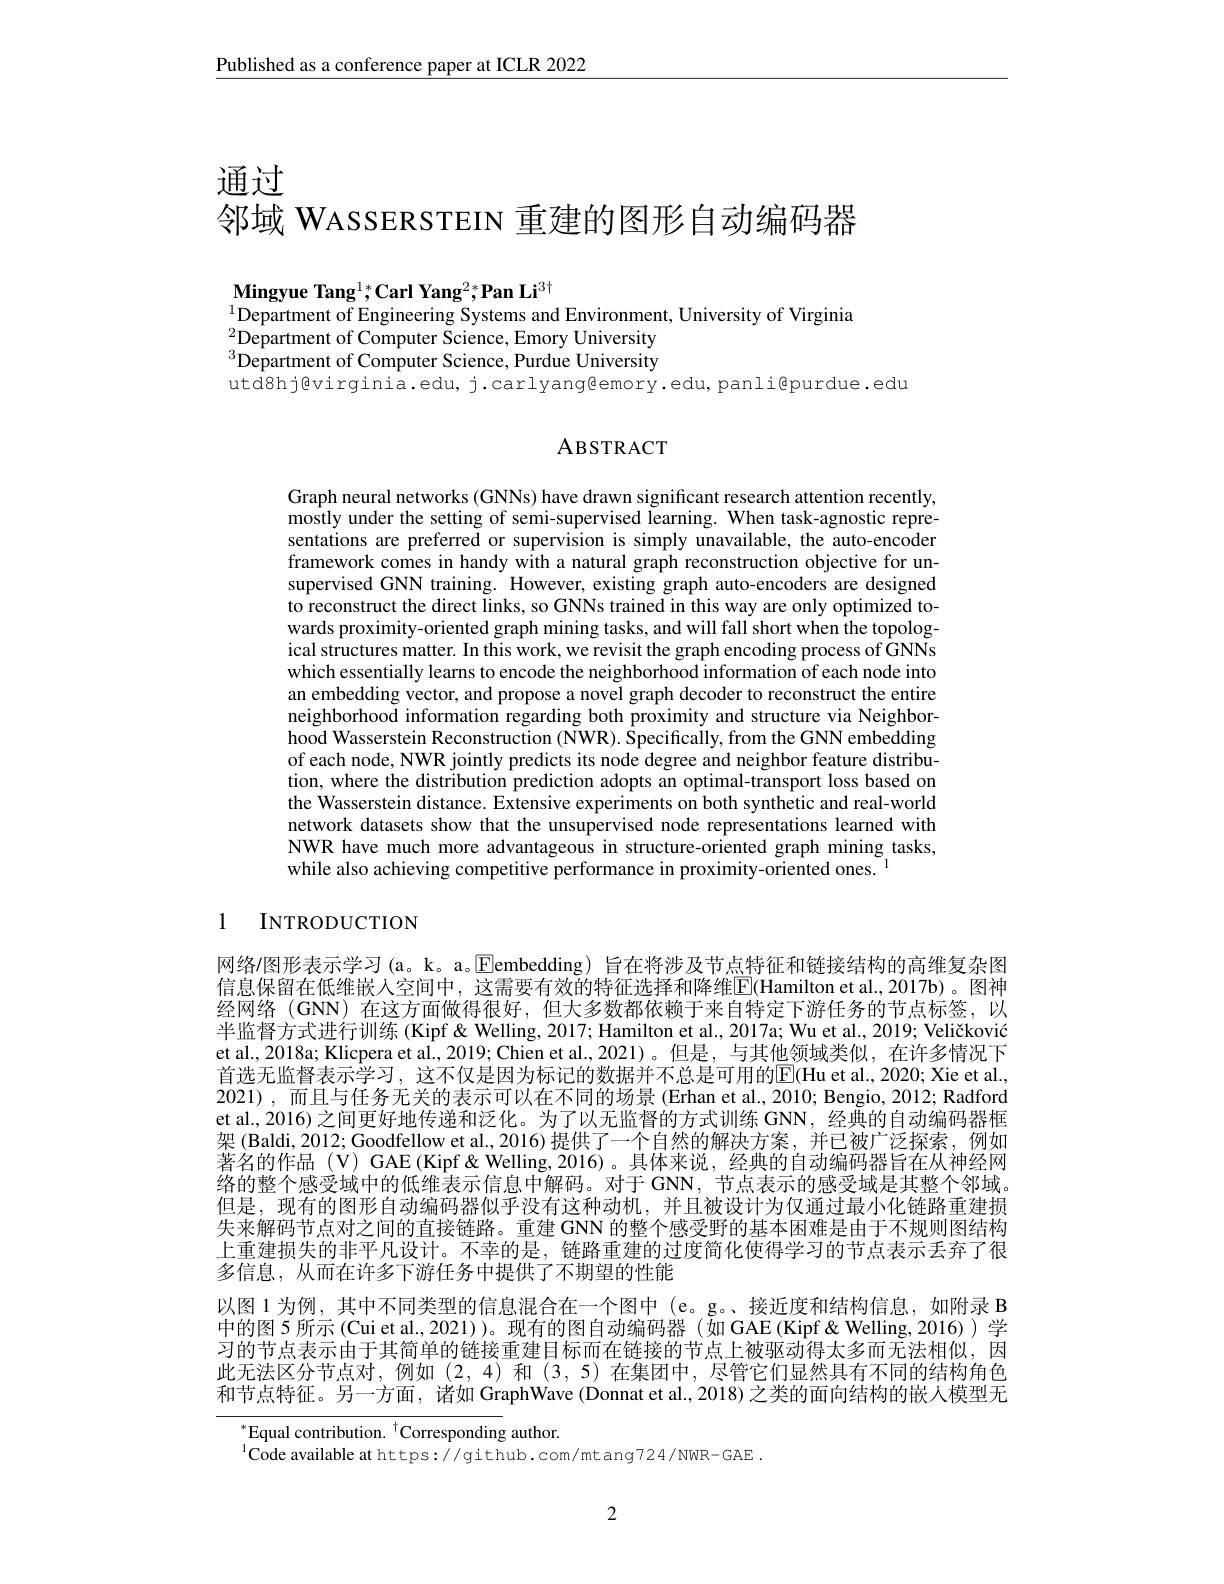
Published as a conference paper at ICLR 2022

通过
邻域 WASSERSTEIN 重建的图形自动编码器

Mingyue Tang$^1;^*$Carl Yang$^2;\textbf{Pan Li}^{3\dagger}$
$^{1}$Department of Engineering Systems and Environment, University of Virginia

$^{2}$Department of Computer Science, Emory University $^{3}$Department of Computer Science, Purdue University utd8hj@virginia.edu, j.carlyang@emory.edu, panli@purdue.edu

# ABSTRACT

Graph neural networks (GNNs) have drawn significant research attention recently, mostly under the setting of semi-supervised learning. When task-agnostic representations are preferred or supervision is simply unavailable, the auto-encoder framework comes in handy with a natural graph reconstruction objective for unsupervised GNN training. However, existing graph auto-encoders are designed to reconstruct the direct links, so GNNs trained in this way are only optimized towards proximity-oriented graph mining tasks, and will fall short when the topological structures matter. In this work, we revisit the graph encoding process of GNNs which essentially learns to encode the neighborhood information of each node into an embedding vector, and propose a novel graph decoder to reconstruct the entire neighborhood information regarding both proximity and structure via Neighborhood Wasserstein Reconstruction (NWR). $\hat{\text{Specifically,from the GNN embedding}}$ of each node, NWR jointly predicts its node degree and neighbor feature distribution, where the distribution prediction adopts an optimal-transport loss based on the Wasserstein distance. Extensive experiments on both synthetic and real-world network datasets show that the unsupervised node representations learned with NWR have much more advantageous in structure-oriented graph mining tasks, while also achieving competitive performance in proximity-oriented ones.

1 INTRODUCTION

网络/图形表示学习 (a。k。a。$\operatorname{Eembedding}$)旨在将涉及节点特征和链接结构的高维复杂图信息保留在低维嵌入空间中，这需要有效的特征选择和降维$\overline{\mathrm{E}}($Hamilton et al.,2017b)。图神经网络 (GNN) 在这方面做得很好，但大多数都依赖于来自特定下游任务的节点标签，以半监督方式进行训练 (Kipf & Welling, 2017; Hamilton et al., 2017a; Wu et al., 2019; Veličković et al., 2018a; Klicpera et al., 2019; Chien et al.,2021)。但是，与其他领域类似，在许多情况下首选无监督表示学习，这不仅是因为标记的数据并不总是可用的$\underline{\mathrm{E}}($Hu et al.,2020; Xie et al., 2021),而且与任务无关的表示可以在不同的场景(Erhan et al., 2010; Bengio, 2012; Radford et al., 2016) 之间更好地传递和泛化。为了以无监督的方式训练 GNN, 经典的自动编码器框架 (Baldi, 2012; Goodfellow et al.,2016)提供了一个自然的解决方案，并已被广泛探索，例如著名的作品(V) GAE(Kipf&Welling,2016)。具体来说，经典的自动编码器旨在从神经网络的整个感受域中的低维表示信息中解码。对于 GNN,节点表示的感受域是其整个邻域。但是，现有的图形自动编码器似乎没有这种动机，并且被设计为仅通过最小化链路重建损失来解码节点对之间的直接链路。重建 GNN 的整个感受野的基本困难是由于不规则图结构上重建损失的非平凡设计。不幸的是，链路重建的过度简化使得学习的节点表示丢弃了很多信息，从而在许多下游任务中提供了不期望的性能
以图 1 为例，其中不同类型的信息混合在一个图中 (e。g。、接近度和结构信息，如附录 B 中的图 5 所示 (Cui et al., 2021))。现有的图自动编码器 (如 GAE (Kipf &Welling, 2016))学习的节点表示由于其简单的链接重建目标而在链接的节点上被驱动得太多而无法相似，因此无法区分节点对，例如(2,4)和(3,5)在集团中，尽管它们显然具有不同的结构角色和节点特征。另一方面，诸如 GraphWave (Donnat et al., 2018) 之类的面向结构的嵌入模型无

$^{*}$Equal contribution. $^{\dagger}$Corresponding author.
$^{1}$Code available at https://github.com/mtang724/NWR-GAE.

2